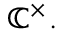
\mathbb { C } ^ { \times } .